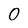
Character: 0